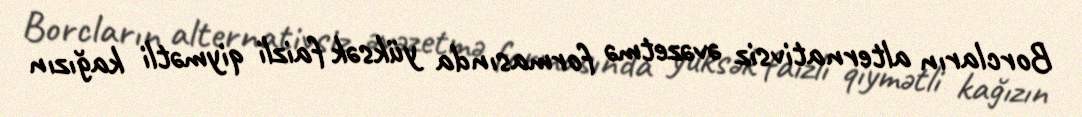
Borcların alternativsiz əvəzetmə formasında yüksək faizli qiymətli kağızın